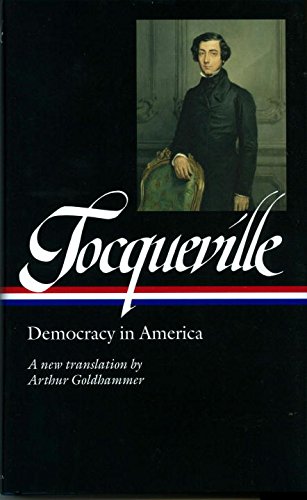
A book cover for Tocqueville: Democracy in America (Library of America); Alexis de Tocqueville; Politics & Social Sciences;